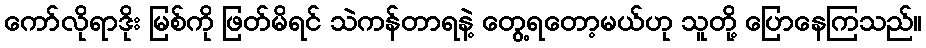
ကော်လိုရာဒိုး မြစ်ကို ဖြတ်မိရင် သဲကန်တာရနဲ့ တွေ့ရတော့မယ်ဟု သူတို့ ပြောနေကြသည်။